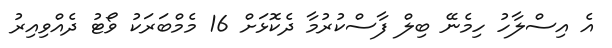
އެ އިސްލާހު ހިމެނޭ ބިލް ފާސްކުރުމާ ދެކޮޅަށް 16 މެމްބަރަކު ވޯޓު ދެއްވިއިރު